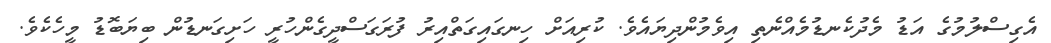
އެގިސްލުމުގެ އަޑު މެދުކެނޑުމެއްނެތި އިވެމުންދިޔައެވެ. ކުރިއަށް ހިނގައިގަތްއިރު ފުރަގަސްދީގެންހުރީ ހަށިގަނޑުން ބިޔަބޮޑު މީހެކެވެ.